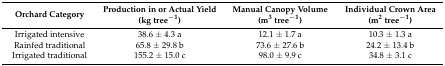
| Orchard Category | Production in or Actual Yield (kg tree−1) | Manual Canopy Volume (m3 tree−1) | Individual Crown Area (m2 tree−1) |
 | --- | --- | --- | --- |
 | Irrigated intensive | 38.6 ± 4.3 a | 12.1 ± 1.7 a | 10.3 ± 1.3 a |
 | Rainfed traditional | 65.8 ± 29.8 b | 73.6 ± 27.6 b | 24.2 ± 13.4 b |
 | Irrigated traditional | 155.2 ± 15.0 c | 98.0 ± 9.9 c | 34.8 ± 3.1 c |